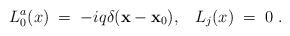
LaTeX: \begin{align*}L^a_0 (x) \;=\; - i q \delta ({\mathbf x} - {\mathbf x}_0) ,\;\;\;L_j (x) \;=\; 0\;.\end{align*}